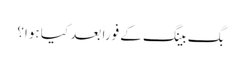
بگ بینگ کے فوراً بعد کیا ہوا؟